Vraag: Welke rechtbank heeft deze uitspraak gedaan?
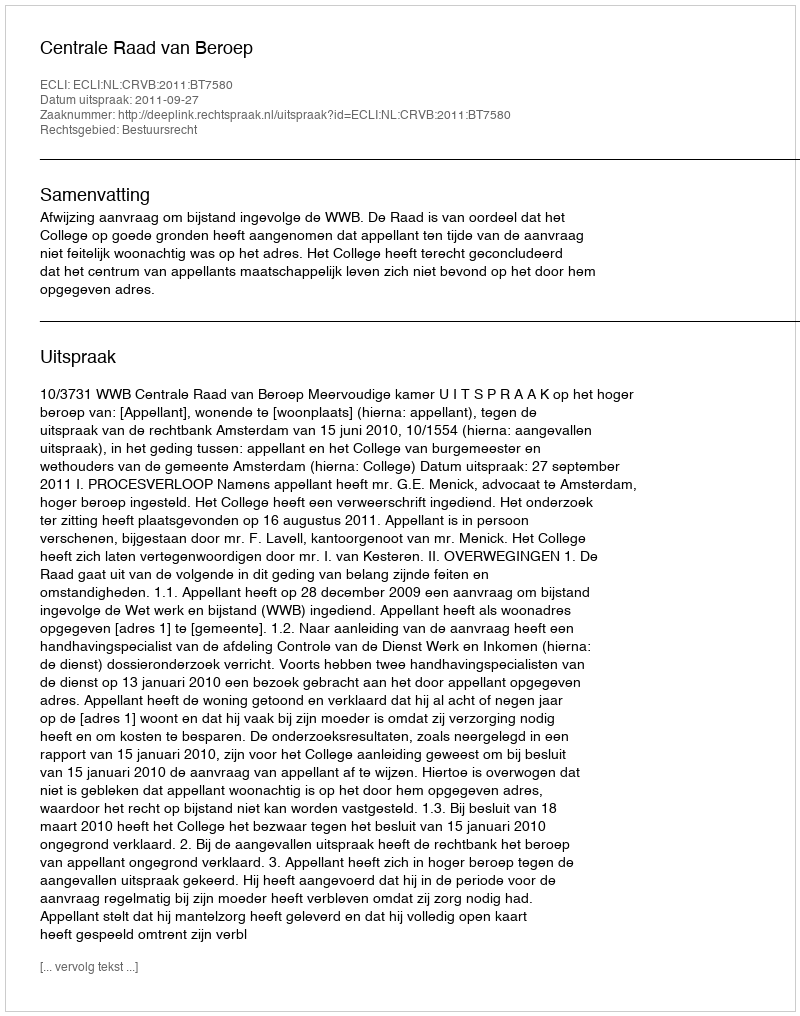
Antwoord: Centrale Raad van Beroep